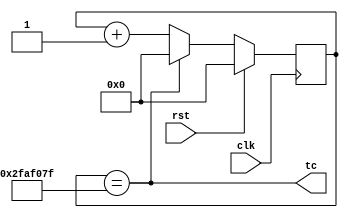
`timescale 1ns / 1ps

module clock(input clk, input rst, output tc); 
 
reg [25:0] clk_div;

always @(posedge clk)
    if(rst)
	     clk_div <= 0;
    else
	     if(tc)
		      clk_div <= 0;
		  else
	         clk_div <= clk_div + 1; 
 
assign tc = (clk_div == 49999999); 
//assign tc = (clk_div == 7); 

endmodule